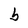
Character: b